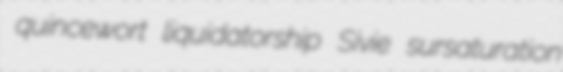
quincewort liquidatorship Sivie sursaturation